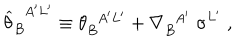
LaTeX: { \widehat \theta } _ { B } ^ { \; \; A ^ { \prime } L ^ { \prime } } \equiv \theta _ { B } ^ { \; \; A ^ { \prime } L ^ { \prime } } + \nabla _ { B } ^ { \; \; A ^ { \prime } } \; \sigma ^ { L ^ { \prime } } \; ,